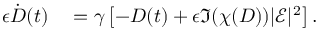
\begin{array} { r l } { \epsilon \dot { D } ( t ) } & { { } = \gamma \left[ - D ( t ) + \epsilon \Im ( \chi ( D ) ) | \mathcal { E } | ^ { 2 } \right] . } \end{array}